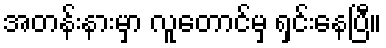
အတန်းနားမှာ လူတောင်မှ ရှင်းနေပြီ။